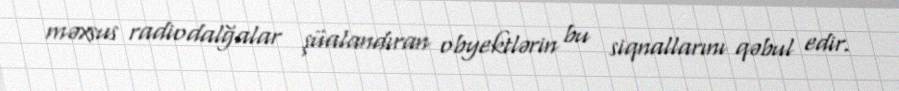
məxsus radiodalğalar şüalandıran obyektlərin bu siqnallarını qəbul edir.